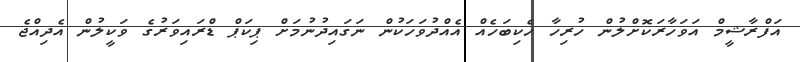
އަފްރާޝީމް އަވަހާރަކޮށްލުން ހުރިހާ ހެކިބަހެއް އެއްދުވަހަކުން ނަގައިދުނުމަށް ޕިކަޕް ޑްރައިވަރުގެ ވަކީލުން އެދިއްޖެ